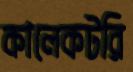
কালেকটরি